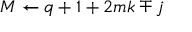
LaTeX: M \leftarrow q + 1 + 2 m k \mp j